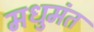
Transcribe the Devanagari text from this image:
मधुमंत